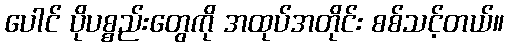
ပေါင် ပိုပစ္စည်းတွေကို အထုပ်အတိုင်း စစ်သင့်တယ်။